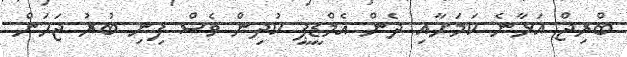
ބްރިޖް އަޅާނެ ކަމަށާއި ދެން އެމްޑީޕީ ކުދިން ވެސް ފިނި ބުރު ޖަހަން